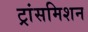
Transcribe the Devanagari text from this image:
ट्रांसमिशन